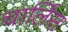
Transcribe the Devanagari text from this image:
चार्लिस